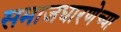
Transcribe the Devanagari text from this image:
समाजधारणेच्या